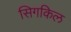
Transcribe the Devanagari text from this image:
सिगकिल